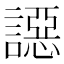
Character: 䜑